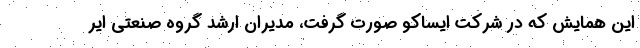
این همایش که در شرکت ایساکو صورت گرفت، مدیران ارشد گروه صنعتی ایر